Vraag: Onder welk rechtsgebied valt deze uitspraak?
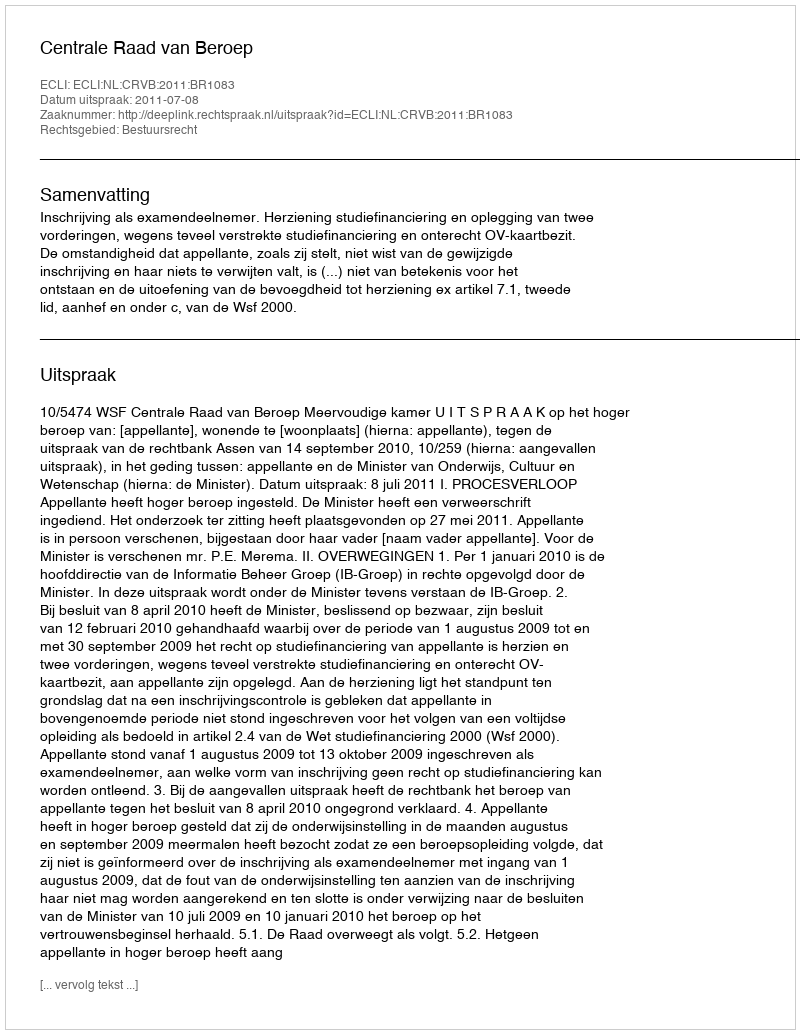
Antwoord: Bestuursrecht